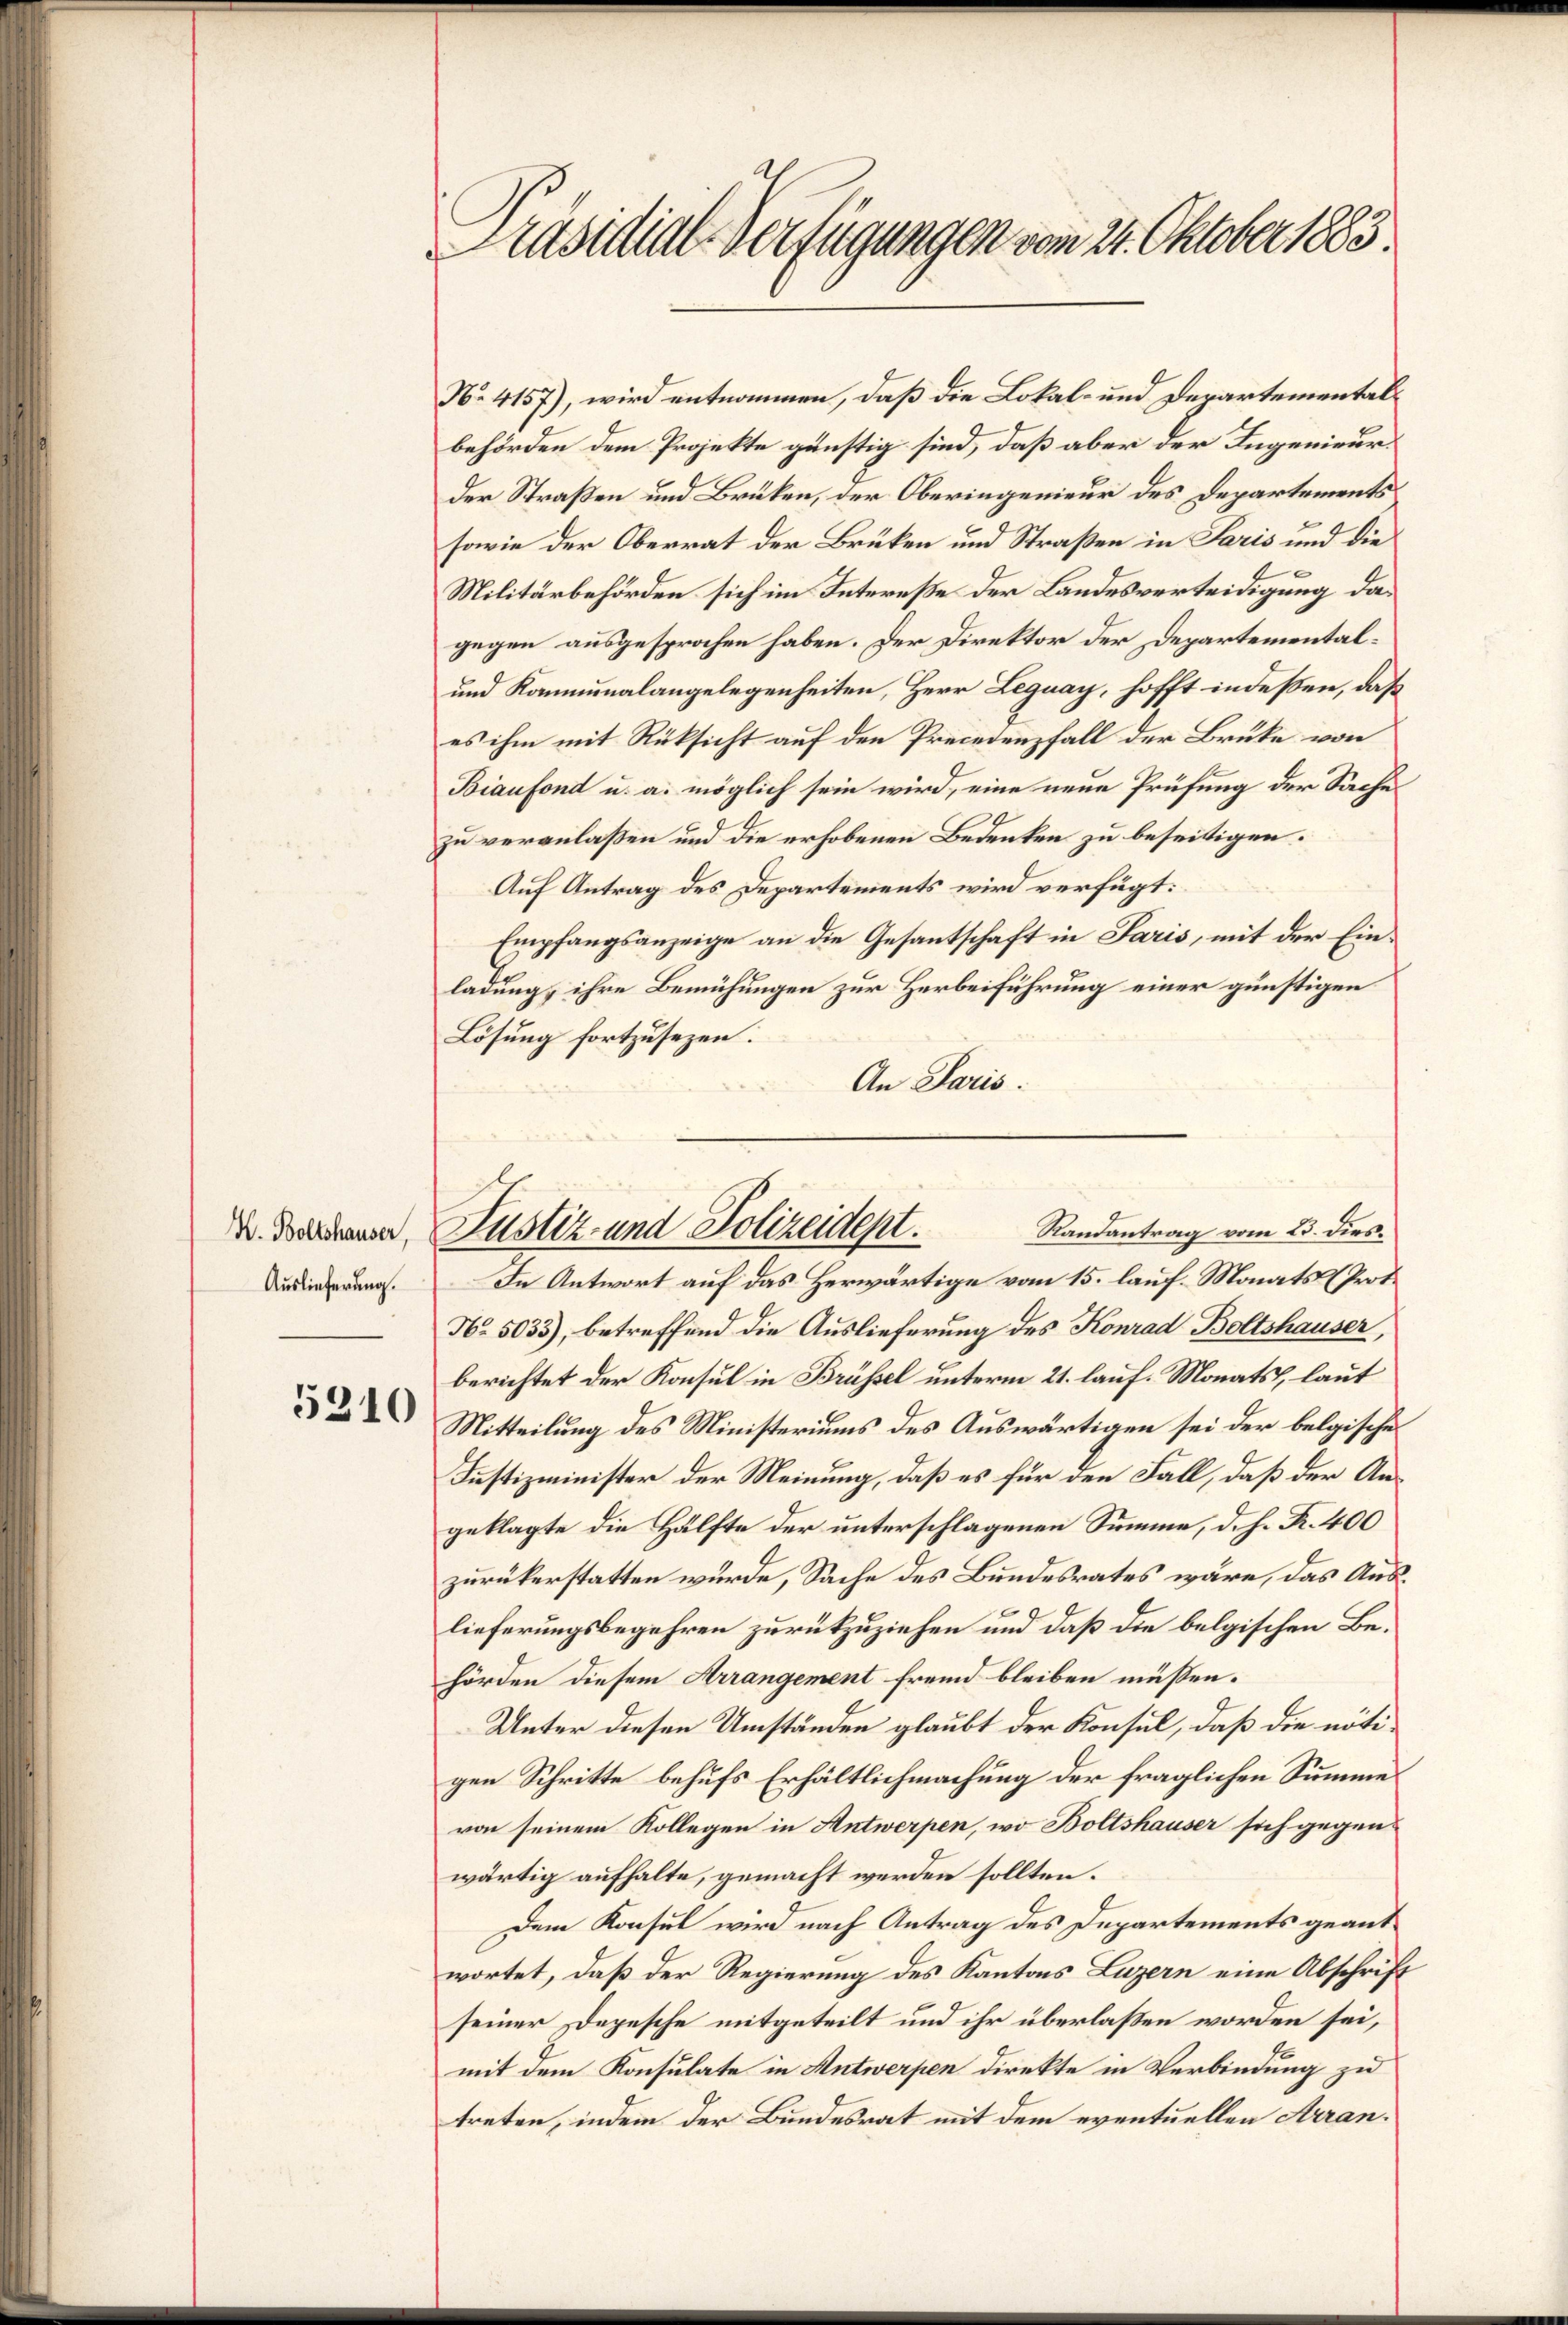
H. Boltshauser,
Auslieferung.

5310

räsidial-Verfügungen vom 21. Oktober 1883.

No. 4157), wird entnommen, daß die Lokal- und Departementalbehörden dem Projekte günstig sind, daß aber der Ingenieurder Straßen und Brüken, der Oberingenieur des Departements
sowie der Oberrat der Brüken und Straßen in Paris und die
Militärbehörden sich im Intereße der Landesverteidigung dagegen ausgesprochen haben. Der Direktor der Departemental¬
und Kommunalangelegenheiten, Herr Leguay, hofft indeßen, daß
es ihm mit Rücksicht auf den Precedenfall der Brüke von
Biaufond u. a. möglich sein wird, eine neue Prüfung der Sache
zu veranlaßen und die erhobenen Bedenken zu beseitigen.
Auf Antrag des Departements wird verfügt:
Empfangsanzeige an die Gesantschaft in Paris, mit der Einladung ihre Bemühungen zur Herbeiführung einer günstigen
Lösung fortzusezen.
An Paris.
In Antwort auf das Herwärtige vom 15. lauf Monats Prot.
No 5033), betreffend die Auslieferung des Konrad Boltshauser,
berichtet der Konsul in Brüssel unterm 21. lauf. Monats, laut
Mitteilung des Ministeriums des Auswärtigen sei der belgischen
Justizminister der Meinung, daß es für den Fall, daß der Angeklagte die Hälfte der unterschlagenen Summe, d. h. R. 400
zurükerstatten wurde, Sache des Bundesrates wäre, das Auslieferungsbegehren zurückzuziehen und daß die belgischen Behörden diesem Arrangement fremd bleiben müssen.
Unter diesen Umständen glaubt der Konsul, daß die nötigen Schritte behufs Erhältlichmachung der fraglichen Summe
von seinem Kollegen in Antwerpen, wo Boltshauser sich gegenwärtig aufhalte, gemacht werden sollten.
Dem Konsul wird nach Antrag des Departements geantwortet, daß der Regierung des Kantons Luzern eine Abschrift
seiner Depesche mitgeteilt und ihr überlaßen worden sei,
mit dem Konsulate in Antwerpen direkte in Verbindung zu
treten, indem der Bundesrat mit dem eventuellen Arran¬

Randantrag vom 23. dies¬
Justiz- und Polizeident.